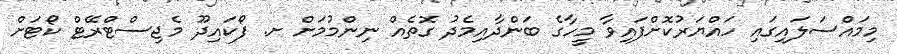
މިމައްސަލައިގައި ހައްޔަރުކޮށްފައިވާ މީހާގެ ބަންދާއިމެދު ގޮތެއް ނިންމުމަށް ށ. ފޯކައިދޫ މެޖިސްޓްރޭޓް ކޯޓަށް